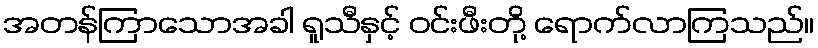
အတန်ကြာသောအခါ ရူသီနှင့် ဝင်းဖီးတို့ ရောက်လာကြသည်။